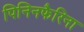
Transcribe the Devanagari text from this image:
पिनिनफैरिना